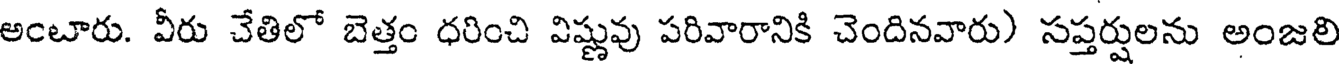
అంటారు. వీరు చేతిలో బెత్తం ధరించి విష్ణువు పరివారానికి చెందినవారు) సప్తర్షులను అంజలి